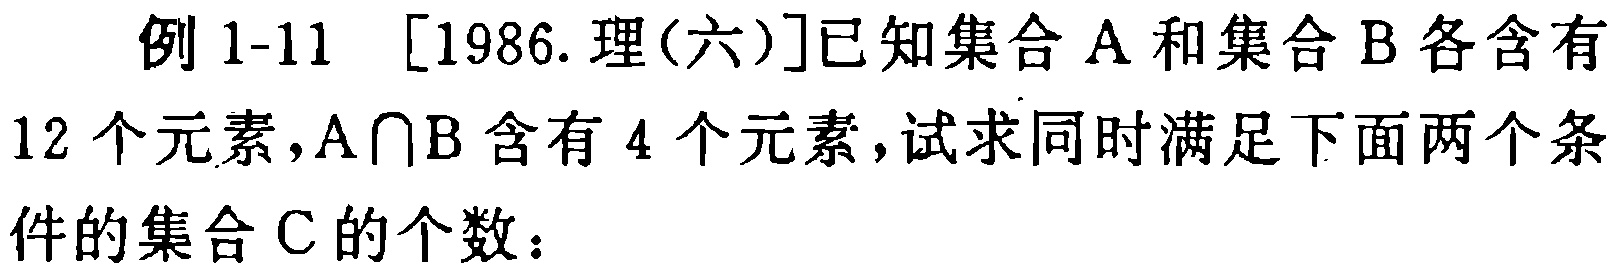
例 1-11 [1986.理(六)]已知集合\(A\)和集合\(B\)各含有12个元素，\(A\cap B\)含有4个元素，试求同时满足下面两个条件的集合\(C\)的个数：